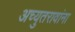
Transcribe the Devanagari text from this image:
अच्युतरावांना